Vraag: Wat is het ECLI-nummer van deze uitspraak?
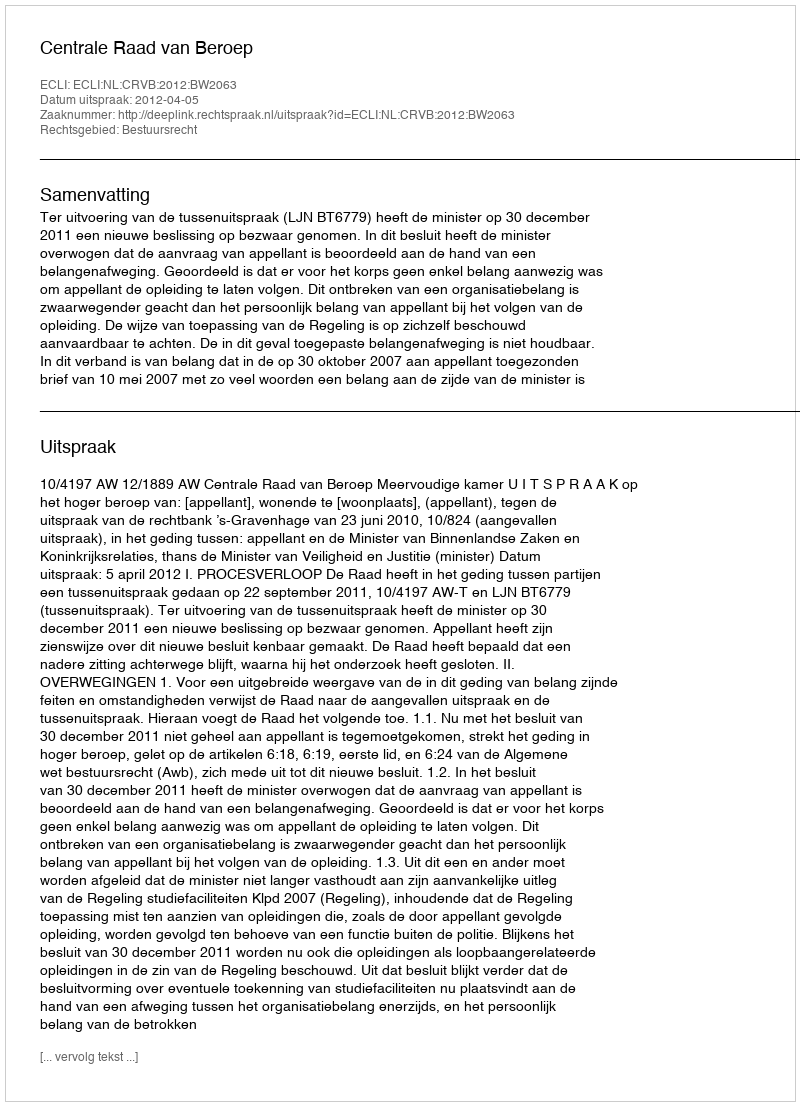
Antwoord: ECLI:NL:CRVB:2012:BW2063